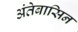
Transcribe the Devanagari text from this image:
अंतेबासिन